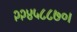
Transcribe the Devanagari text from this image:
२२४५८८७०।